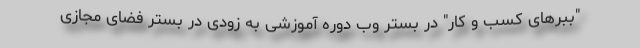
"ببرهای کسب و کار" در بستر وب دوره آموزشی به زودی در بستر فضای مجازی